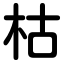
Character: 枯